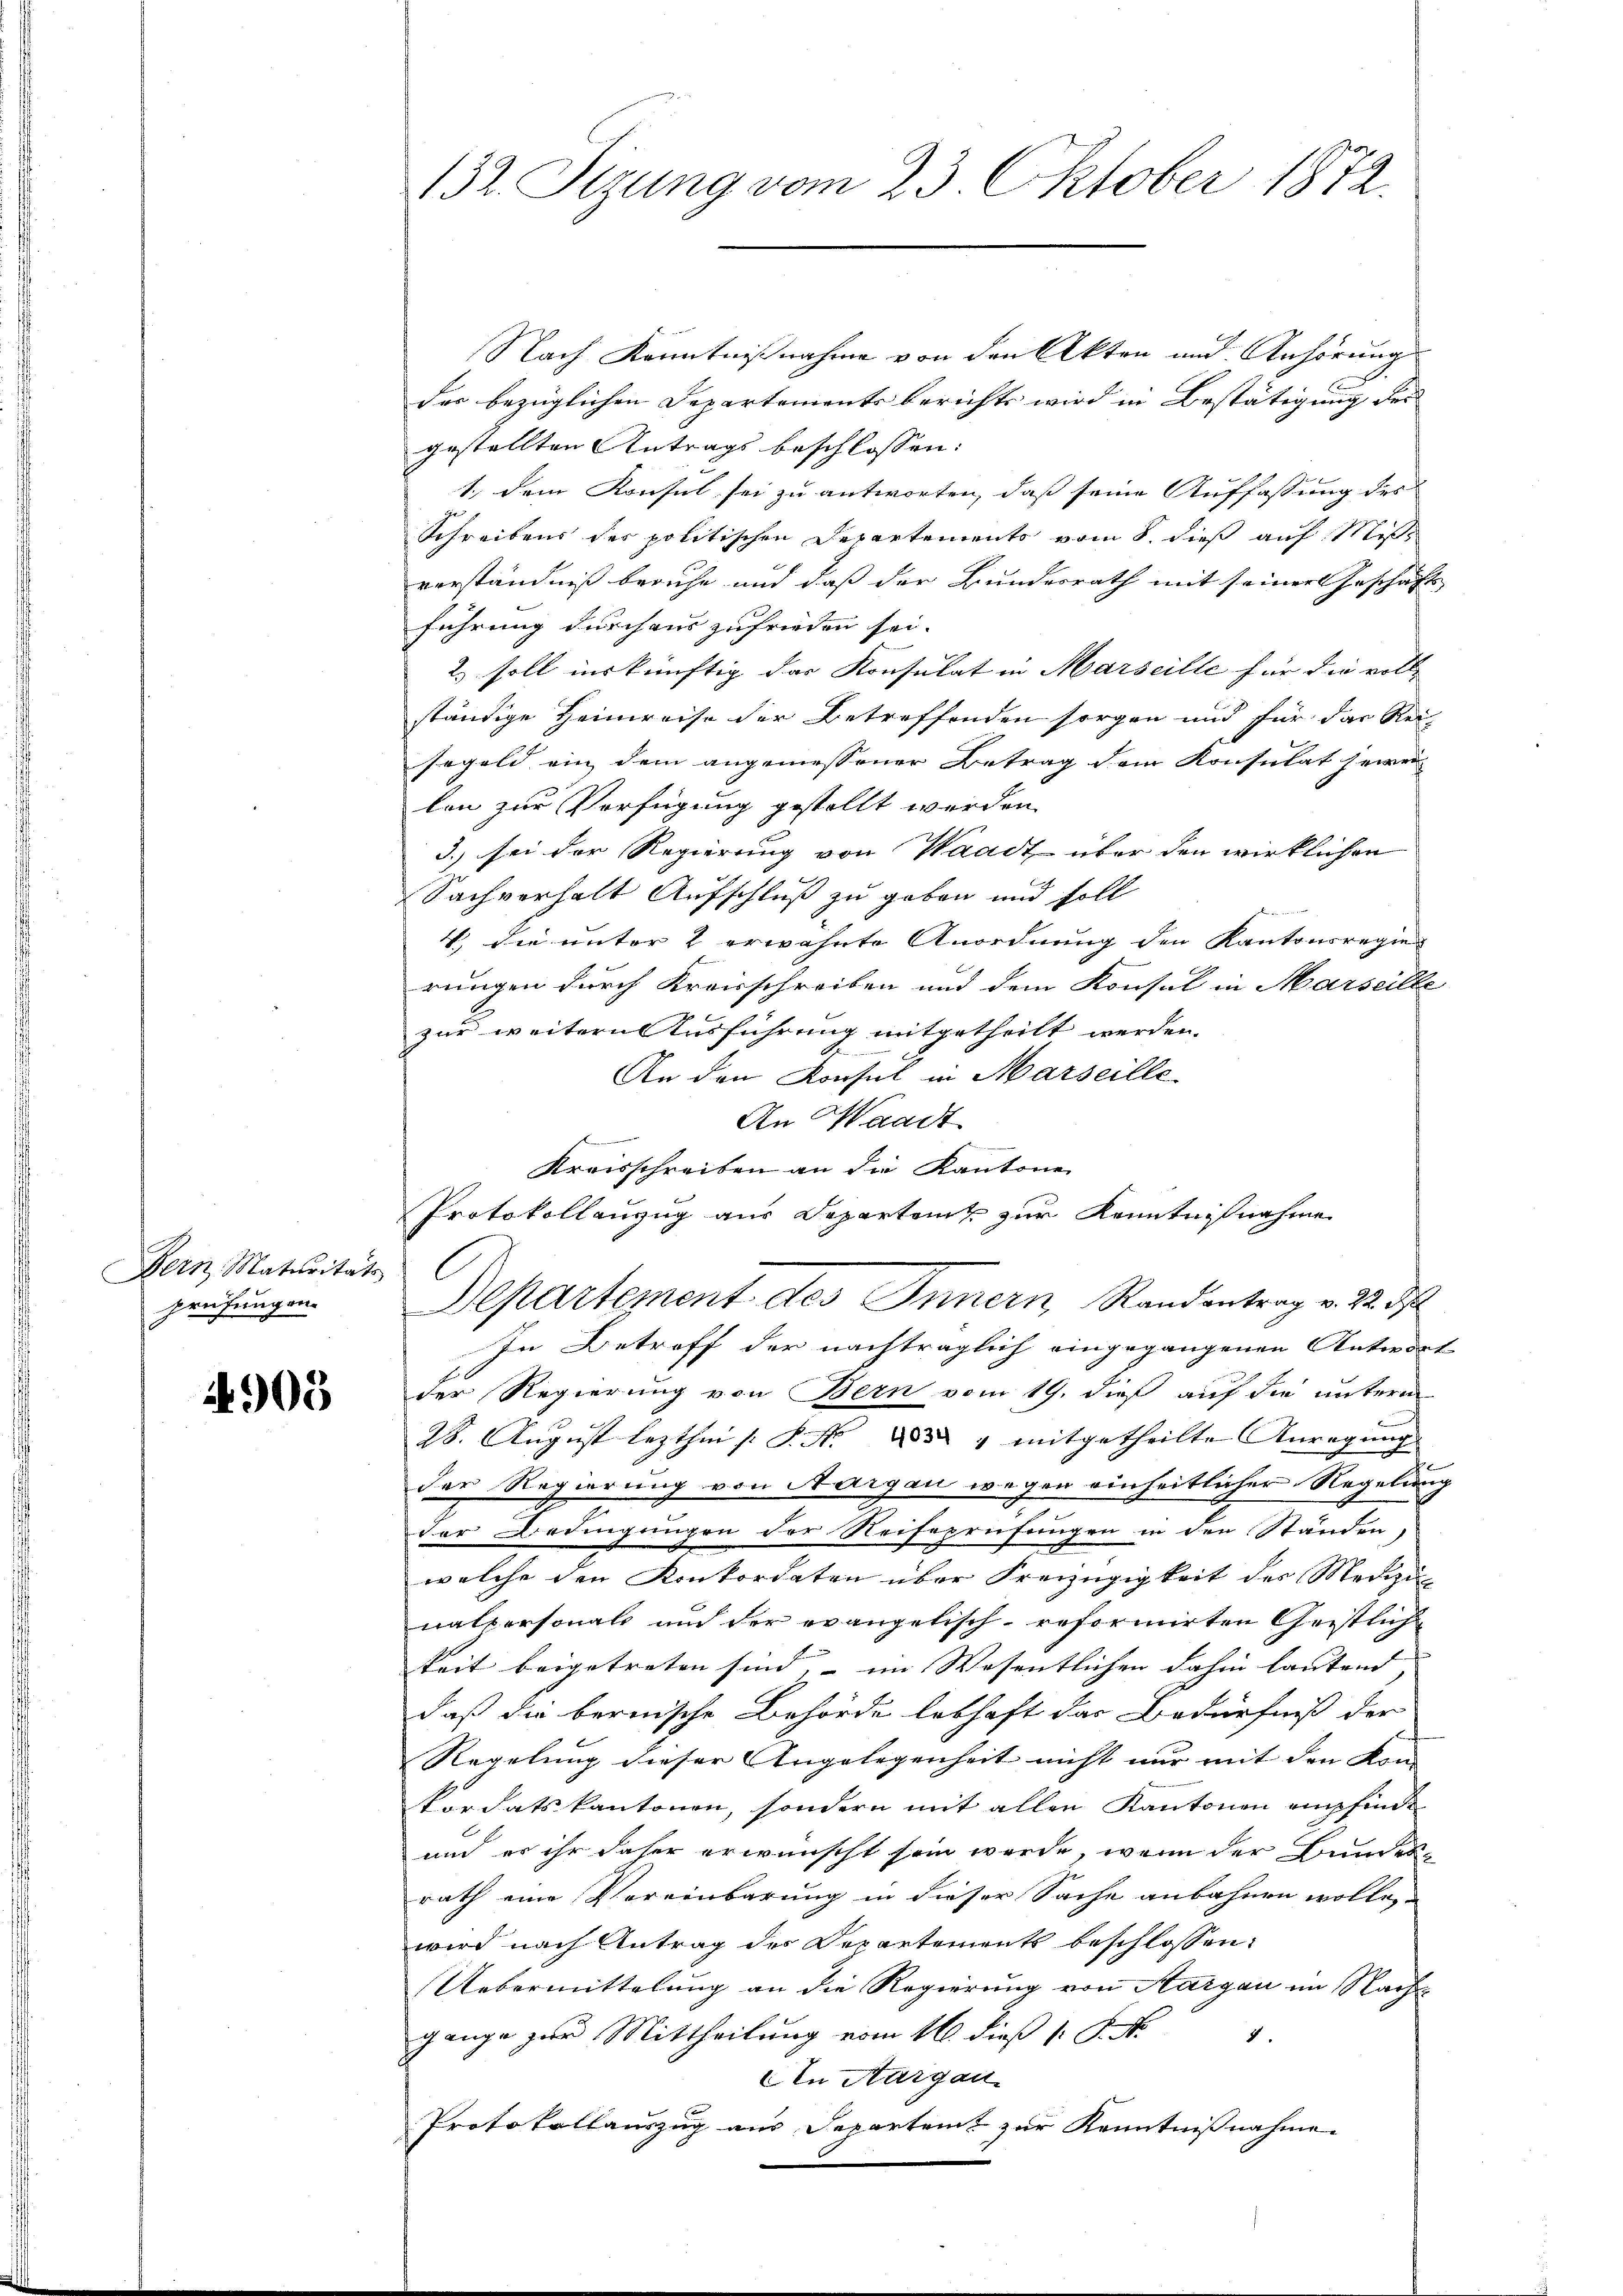
Bern, Maturitäts
prüfungen.

4905

Nach Kenntnißnahme von den Akten und Anhörung
der bezüglichen Departements berichts wird in Bestätigung des
gestellten Antrags beschlossen:
1.) Dem Konsul sei zu antworten, daß seine Auffassung des
Schreibens des politischen Departements vom 8. dieß auf Miss
verständniß beruhe und daß der Bundesrath mit seiner Geschäft
führung durchaus zufrieden sei. |
.
2) soll inskünftig das Konsulat in Marseille für die volle
ständige Heinreise der Betreffenden sorgen und für das Rei
segeld ein dem angemessener Betrag dem Konsulat seien
len zur Verfügung gestellt werden.
3.) sei der Regierung von Waadt über den wirklichen
Sachverhalt Aufschluß zu geben und soll
4, die unter 2 erwähnte Anordnung den Kantonsregierungen durch Kreisschreiben und dem Konsul in Marseille
zur weitern Ausführung mitgetheilt werden.
An den Konsul in Marseille.
An Waadt
 Cementen
Kreisschreiben an die Kantone
Protokollanzug aus Departamt zur Kenntnißnahme
Departement des Innern, Randantrag v. 22. d
In Betroff der nachträglich eingegangenen Antwort
der Regierung von Bern vom 19. dieß auf die untere
28. August lezthin /: P. Nr. 1851 mitgetheilte Anregung
der Regierung von Aargau wegen einheitlicher Regelung
der Bedingungen der Reifeprüfungen in den Ständen,
welche den Konkordaten über Freizügigkeit des Medizi
nalpersonals und der evangelisch-reformirten Geistliche
keit beigetreten sind, – im Wesentlichen dahin lautend, |
daß die bernische Behörde lebhaft das Bedürfniß der
Regelung dieser Angelegenheit nicht nur mit den Kon- |
kordatskantonen, sondern mit allen Kantonen empfinde
un er ihr daher erwünscht sein werde, wenn der Bundesrath eine Vereinbarung in dieser Sache anbahnen wolle,
wird nach Antrag des Departements beschlossen:
Uebermittelung an die Regierung von Aargau im Nach
gange zur Mittheilung vom 16. dieß P. M.
8.
An Aargau
un
Protokollauszug aus Departent zur Kenntnißnahme

132. Sizung vom 23. Oktober 1872.